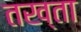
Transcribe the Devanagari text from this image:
तख्‍ता